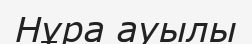
Нұра ауылы